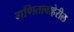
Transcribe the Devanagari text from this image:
गणिताबाहेरील